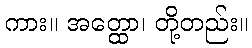
ကား။ အတ္ထော၊ တို့တည်း။